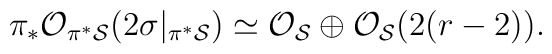
\pi_*{\cal O}_{\pi^* {\cal S}}(2\sigma|_{\pi^* {\cal S}})\simeq {\cal O}_{{\cal S}} \oplus {\cal O}_{{\cal S}}(2 (r-2)).